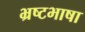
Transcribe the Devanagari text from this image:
भ्रष्टभाषा